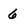
Character: 6